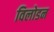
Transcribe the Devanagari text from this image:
विलोडन